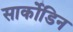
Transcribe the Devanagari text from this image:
सार्कोडिन